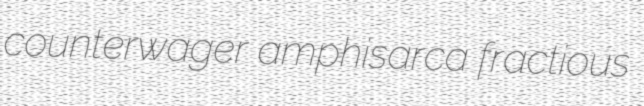
counterwager amphisarca fractious